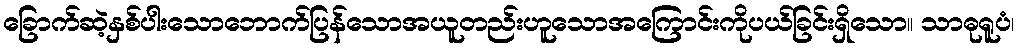
ခြောက်ဆဲ့နှစ်ပါးသောဘောက်ပြန်သောအယူတည်းဟူသောအကြောင်းကိုပယ်ခြင်းရှိသော။ သာဓုရူပံ၊